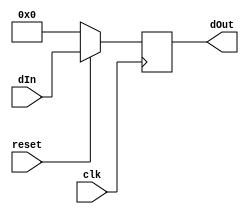
`timescale 1ns / 1ps
//////////////////////////////////////////////////////////////////////////////////
// Company: 
// Engineer: 
// 
// Design Name: 
// Module Name: Register
// Project Name: 
// Target Devices: 
// Tool Versions: 
// Description: 
// 
// Dependencies: 
// 
// Revision:
// Revision 0.01 - File Created
// Additional Comments:
// 
//////////////////////////////////////////////////////////////////////////////////


module Reg #(parameter width = 32)
   (input clk,reset,
    input [width-1 : 0]     dIn,
    output reg [width-1 :0] dOut);
   always @(posedge clk )
     begin
        if(reset==0)
          dOut <=32'h00000000;
        else
          // if(!den)
            dOut <= dIn;
     end
endmodule // Reg